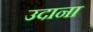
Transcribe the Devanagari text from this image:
उदाना